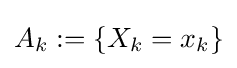
A_{k}:=\{X_{k}=x_{k}\}